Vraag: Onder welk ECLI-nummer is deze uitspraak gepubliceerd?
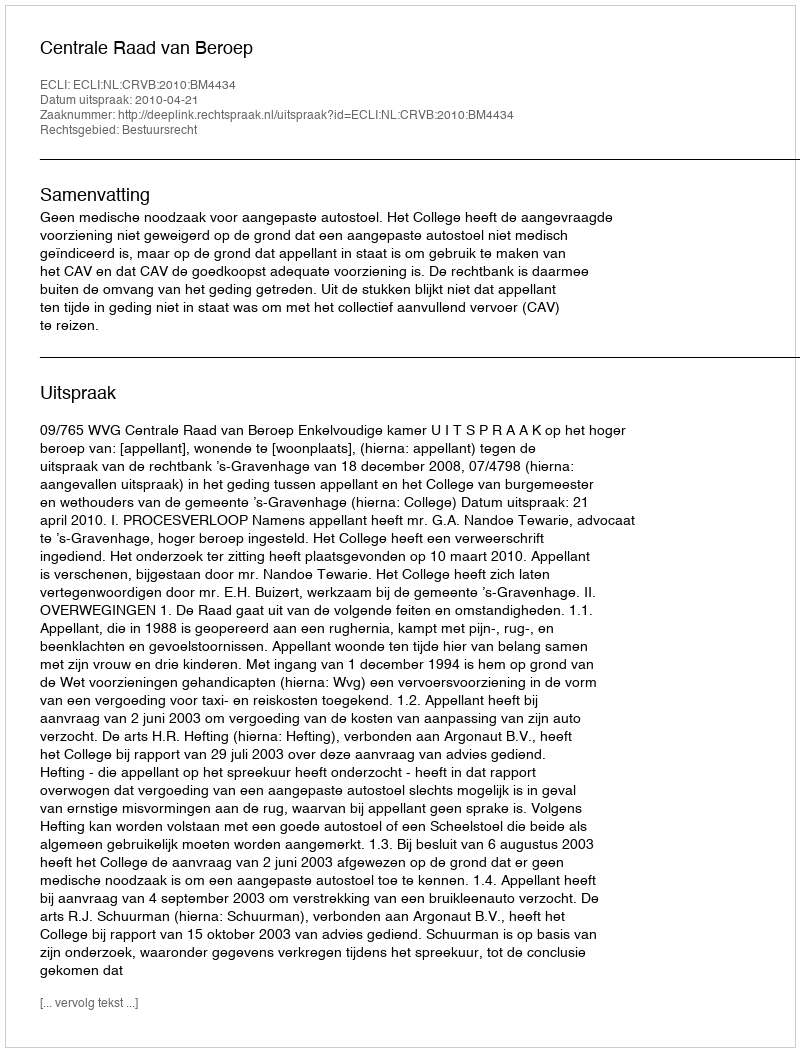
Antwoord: ECLI:NL:CRVB:2010:BM4434